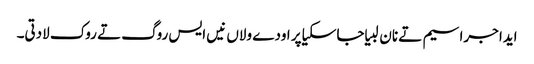
ایدا جراسیم تے نان لبیا جاسکیا پر اودے ولاں نیں ایس روگ تے روک لادتی۔